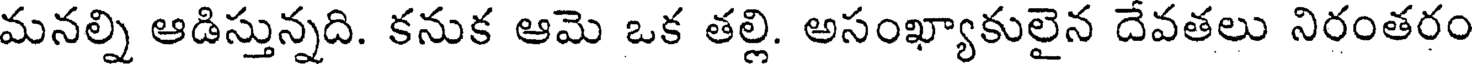
మనల్ని ఆడిస్తున్నది. కనుక ఆమె ఒక తల్లి. అసంఖ్యాకులైన దేవతలు నిరంతరం